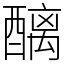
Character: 醨